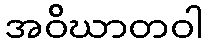
အဝိဃာတဝါ